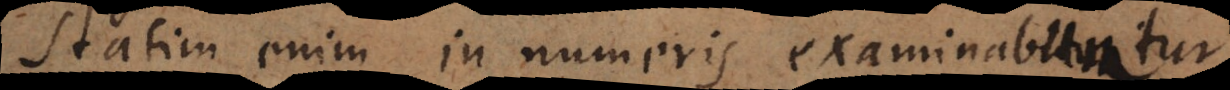
Statim enim in numeris examinabitur